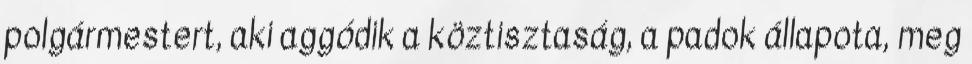
polgármestert, aki aggódik a köztisztaság, a padok állapota, meg